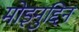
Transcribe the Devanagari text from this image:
मोइनुद्दिन